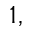
^ { 1 , }